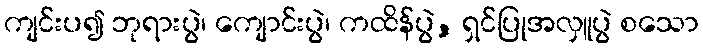
ကျင်းပ၍ ဘုရားပွဲ၊ ကျောင်းပွဲ၊ ကထိန်ပွဲ, ရှင်ပြုအလှူပွဲ စသော